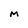
Character: M